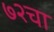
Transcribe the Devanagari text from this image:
७२चा